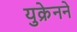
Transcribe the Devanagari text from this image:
युक्रेनने